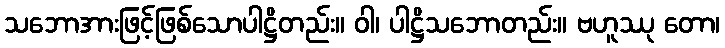
သဘောအားဖြင့်ဖြစ်သောပါဋ္ဌိတည်း။ ဝါ၊ ပါဋ္ဌိသဘောတည်း။ ဗဟူဿု တော၊